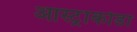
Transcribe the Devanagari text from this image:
आस्ट्राकोडा